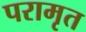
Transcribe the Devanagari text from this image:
परामृत